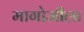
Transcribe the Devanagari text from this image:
मागोजीला